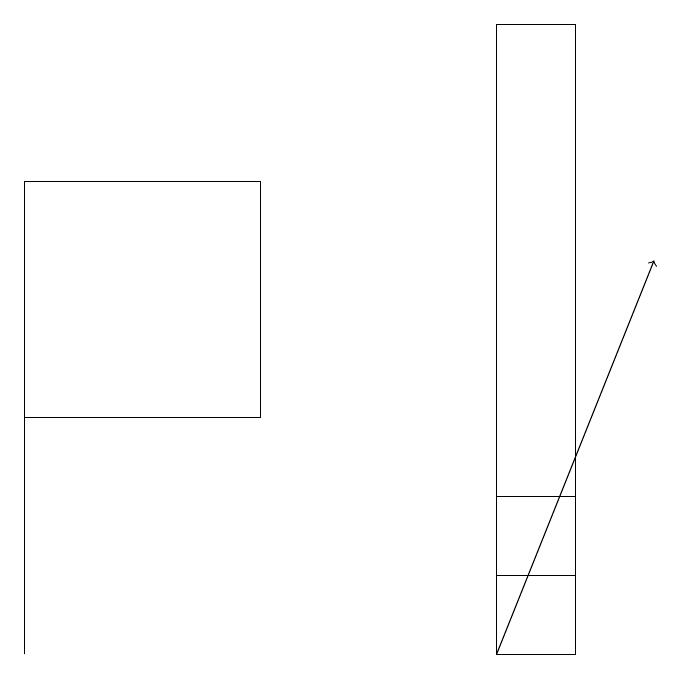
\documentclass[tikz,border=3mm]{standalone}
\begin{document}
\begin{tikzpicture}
\draw (8,12) rectangle (7,10);
\draw[->] (7,10) -- (9,15);
\draw (7,11) rectangle (8,18);
\draw (1,15) rectangle (1,10);
\draw (4,16) rectangle (1,13);
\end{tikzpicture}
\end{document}